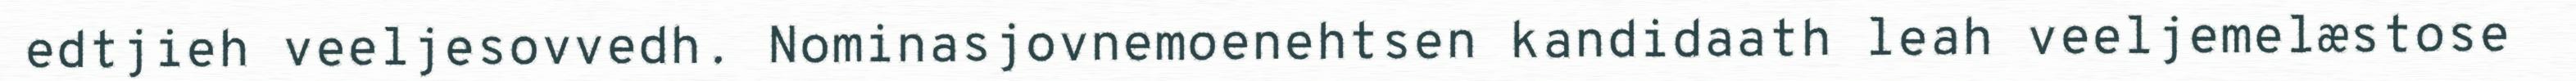
edtjieh veeljesovvedh. Nominasjovnemoenehtsen kandidaath leah veeljemelæstose